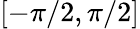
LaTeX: [-\pi/2,\pi/2]